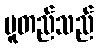
မူတည်သည်